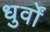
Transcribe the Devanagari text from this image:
धुर्वों